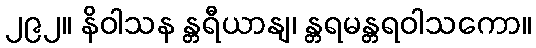
၂၉၂။ နိဝါသန န္တရီယာနျ၊ န္တရမန္တရဝါသကော။